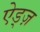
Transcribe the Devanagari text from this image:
ऐड्ज़